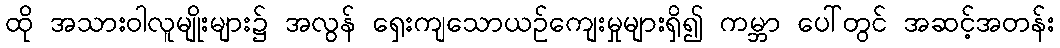
ထို အသားဝါလူမျိုးများ၌ အလွန် ရှေးကျသောယဉ်ကျေးမှုများရှိ၍ ကမ္ဘာ ပေါ်တွင် အဆင့်အတန်း